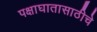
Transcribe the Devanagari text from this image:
पक्षाघातासाठीचे